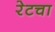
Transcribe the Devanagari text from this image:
रेटचा